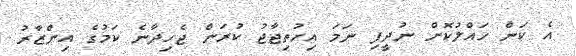
އެ ކަން ހައްލުކޮށް ނުދީފި ނަމަ އިހުތިޖާޖު ކުރަން ޖެހިދާނެ ކަމުގެ އިންޒާރު